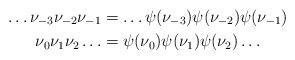
LaTeX: \begin{align*} \dots \nu_{-3}\nu_{-2}\nu_{-1} &= \dots\psi(\nu_{-3})\psi(\nu_{-2})\psi(\nu_{-1}) \\ \nu_0\nu_1\nu_2 \dots &= \psi(\nu_{0})\psi(\nu_{1})\psi(\nu_{2})\dots\end{align*}